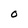
Character: O